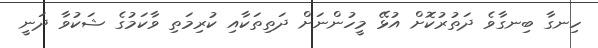
ހިނގާ ބިނގާވެ ދަތުރުކޮށް އުޅޭ މީހުންނަށް ދަތިތަކާއި ކުރިމަތި ވާކަމުގެ ޝަކުވާ ދަނީ